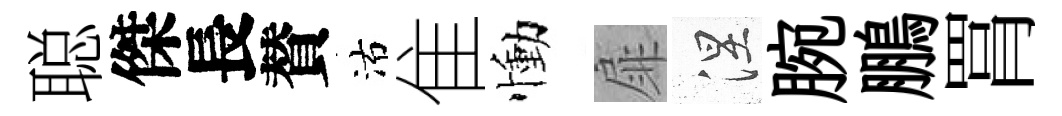
聪傑長賛沽隹慟扉涅腕鵬罥